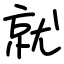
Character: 就